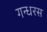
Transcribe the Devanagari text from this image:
गन्धरस